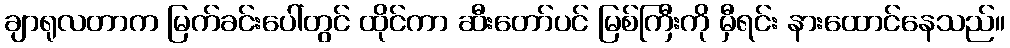
ချာရုလတာက မြက်ခင်းပေါ်တွင် ထိုင်ကာ ဆီးတော်ပင် မြစ်ကြီးကို မှီရင်း နားထောင်နေသည်။